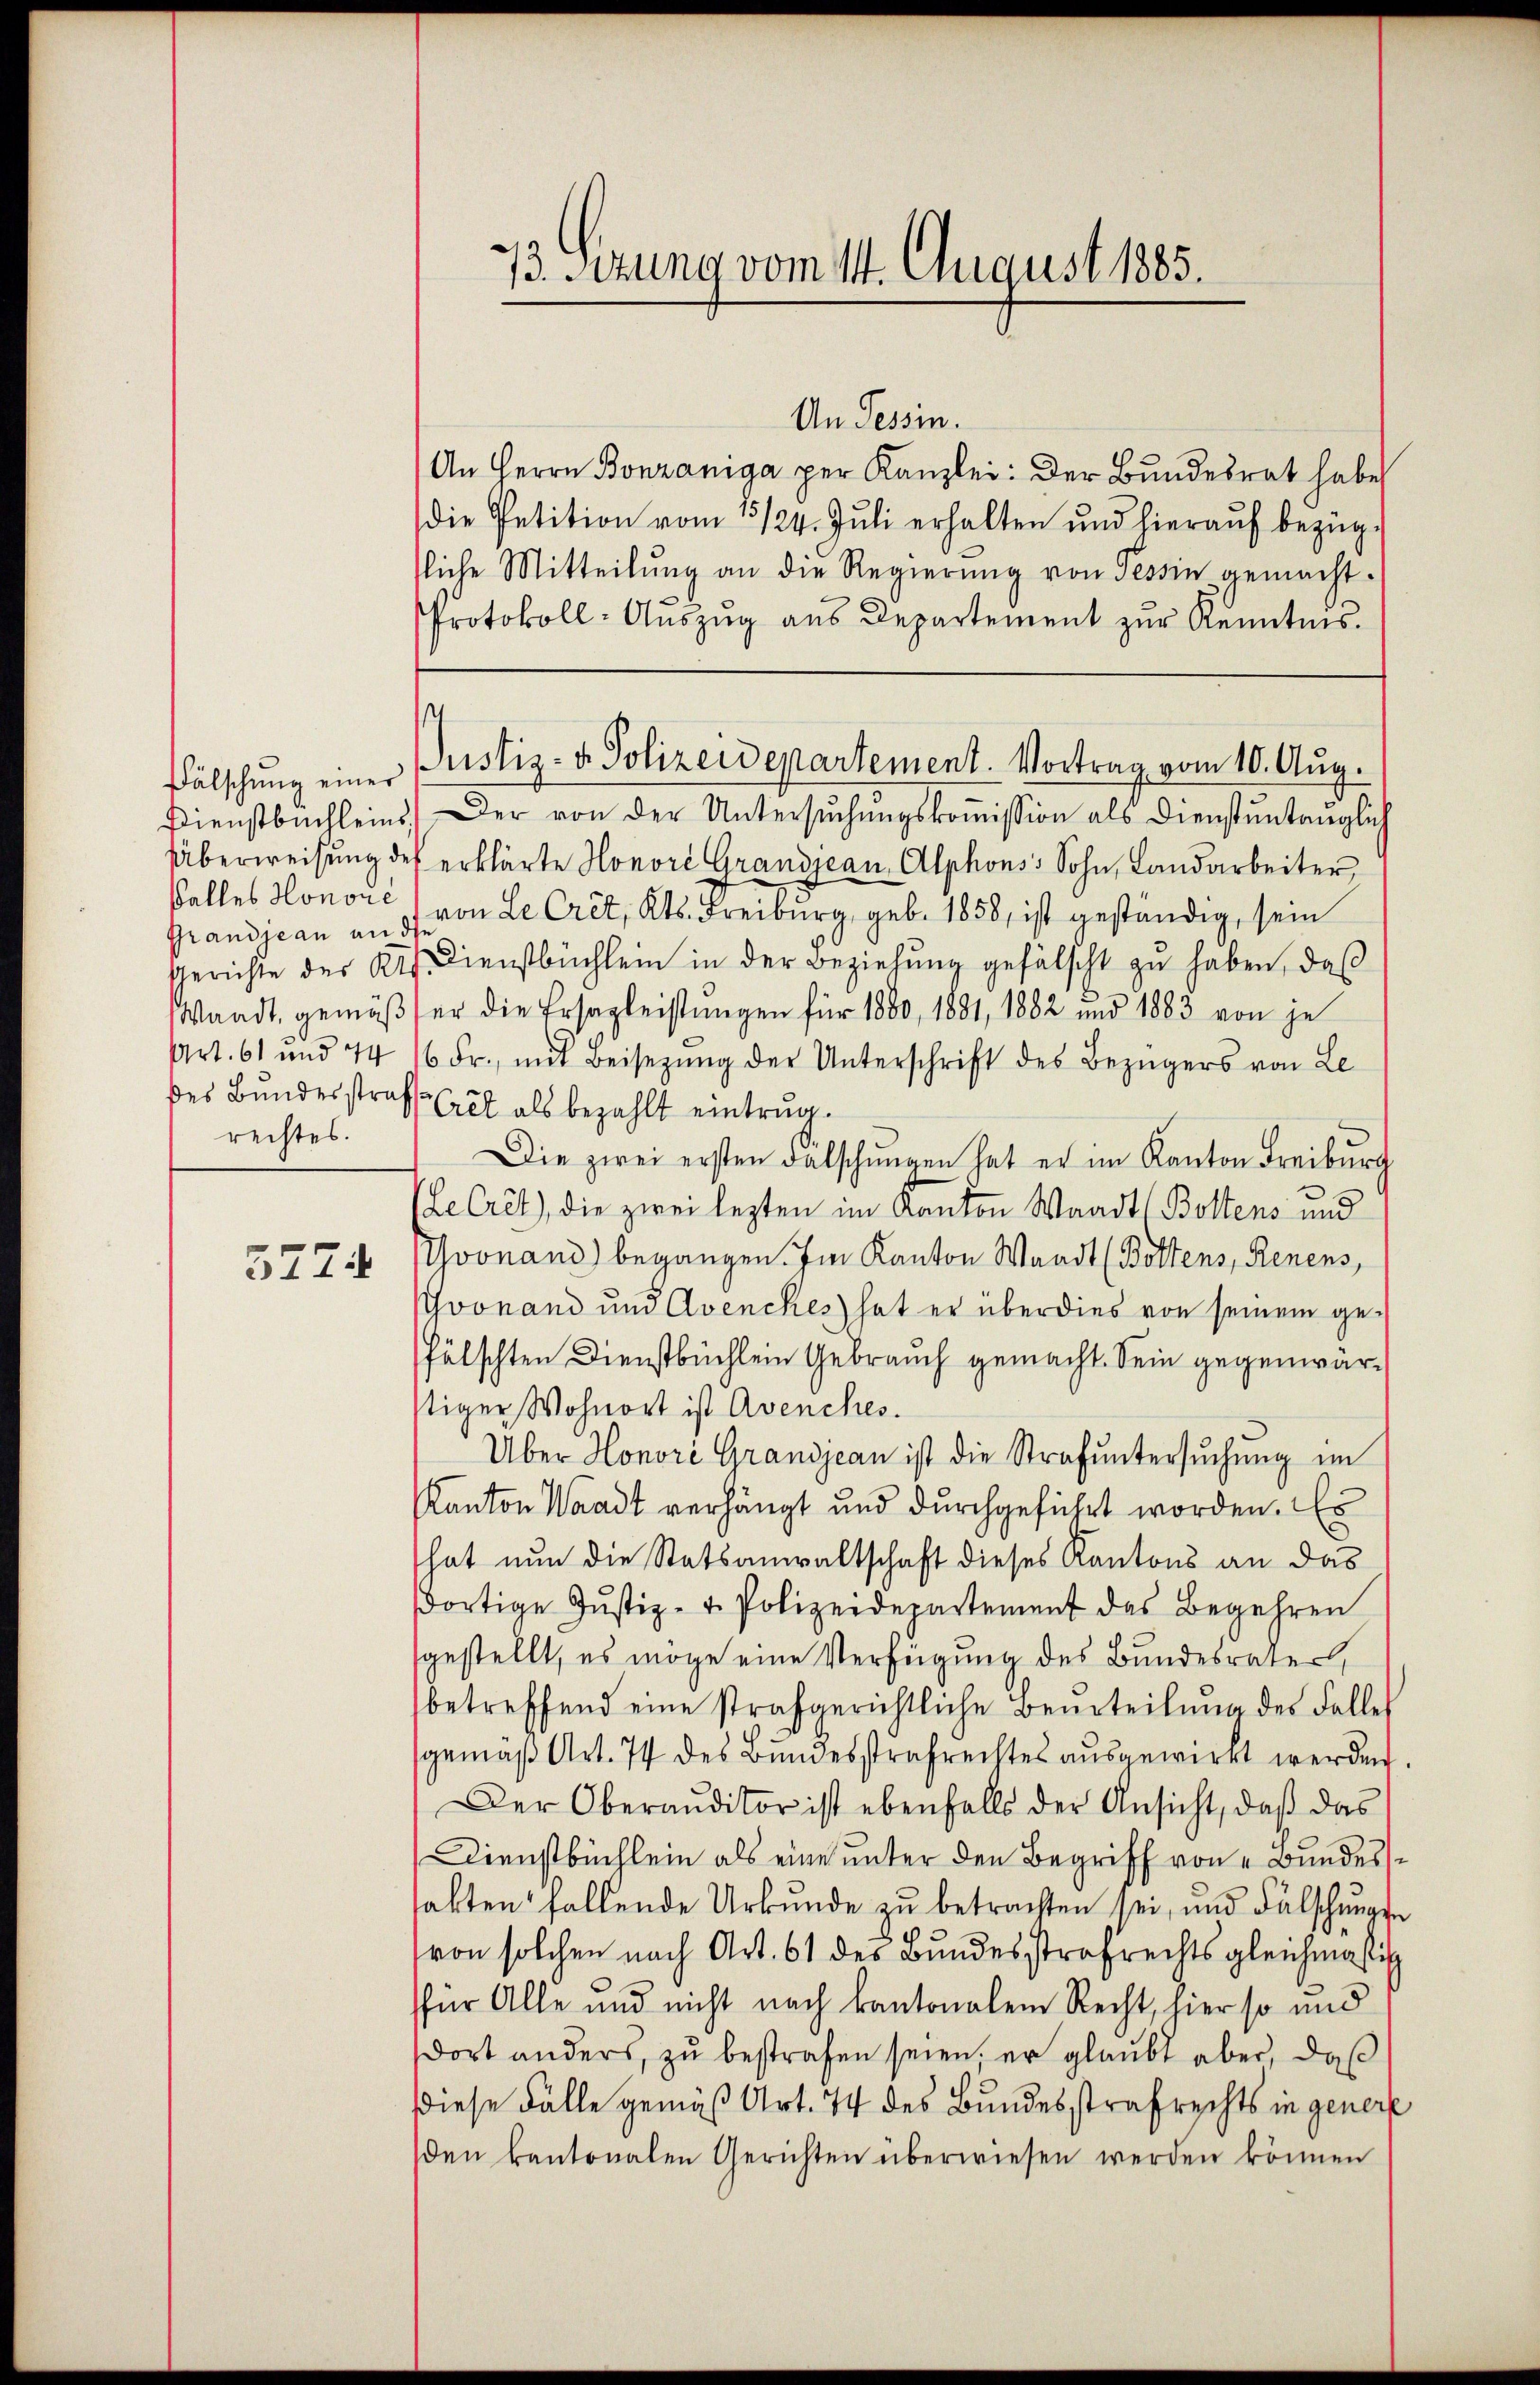
Fälschung einer
Dienstbuchleins
Überweisung de
Galles Honorie
Grandjean an
Gerichte des R
Waadt, gemäß¬
Art. 61 und 44
des Bundesstra
rechtes.

3774

73. Sitzung vom 14. August 1885.

s

An Tessin.
An Herrn Bonzaniga per Kanzlei: Der Bundesrat habe
die Petition vom 15./24. Jŭli erhalten und hieraŭf bezüg-
liche Mitteilŭng an die Regierŭng von Tessin gemacht.
Protokoll-Auszug aus Departement zur Kenntnis.
Justiz- u. Polizeidepartement. Vortrag vom 10. Aug.
.) Der von der Untersŭchŭngskoṁission als Dienstuntauglich
ef erklärte Honore Grandjean, Alphons Sohn, Landarbeiter
von Le Crêt, Kts. Freiburg, geb. 1858, ist geständig, sein
Dienstbüchlein in der Beziehung gefälscht zu haben, daß
er die Ersagleistungen für 1880, 1881, 1882 und 1883 von je
6 Fr., mit Beisezung der Unterschrift des Bezügers von Le¬
Crêt als bezahlt eintrug.
Die zwei ersten Falschŭngen hat er im Kanton Freiburg
Ve Cret), die zwei lezten im Kanton Waadt Bottens und
Yvonand) begangen. Im Kanton Waadt (Bottens, Renens,
Yvonand und Avenches hat er über dies von seinem gefälschten Dienstbüchlein Gebrauch gemacht. Sein gegenwärtiger Wohnort ist Avenches.
Über Honori Grandjean ist die Strafuntersuchung im
Kanton Waadt verhängt und durchgeführt worden. Es
hat nun die Statsanwaltschaft dieses Kantons an das
dortige Jŭstiz- & Polizeidepartement des Begehren
gestellt, es möge eine Verfügung des Bundesrater,
betreffend eine strafgerichtliche Beurteilŭng des Falles
gemäß Art. 74 des Bundesstrafrechtes ausgewirkt werden
Der Oberaŭditor ist ebenfalls der Ansicht, daβ das
Dienstbüchlein als eine unter den Begriff von Bundes
hatten fallende Urkunde zŭ betrachten sei, und Fälschŭngs-
von solchen nach Art. 61 des Bundesstrafrechts gleichmässig
für Alle und nicht nach kantonalem Recht, hier so und
dort anders, zu bestrafen seien; er glaubt aber, daß
Diese Fälle gemäß Art. 74 des Bundesstrafrechts in generf
den kantonalen Gerichten überwiesen werden können